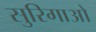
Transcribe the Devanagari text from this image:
सुरिगाओ